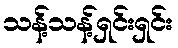
သန့်သန့်ရှင်းရှင်း